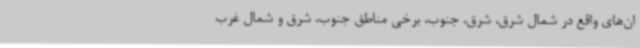
ان‌های واقع در شمال شرق، شرق، جنوب، برخی مناطق جنوب، شرق و شمال غرب